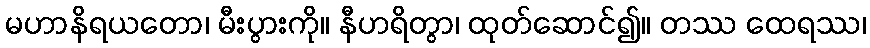
မဟာနိရယတော၊ မီးပွားကို။ နီဟရိတွာ၊ ထုတ်ဆောင်၍။ တဿ ထေရဿ၊